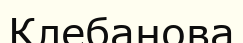
Клебанова